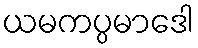
ယမကပ္ပမာဒေါ